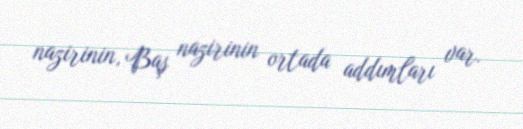
nazirinin, Baş nazirinin ortada addımları var.